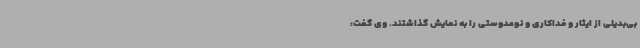
بی‌بدیلی از ایثار و فداکاری و نوعدوستی را به نمایش گذاشتند. وی گفت: